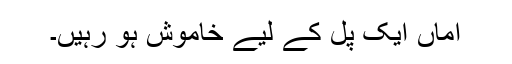
اماں ایک پل کے لیے خاموش ہو رہیں۔